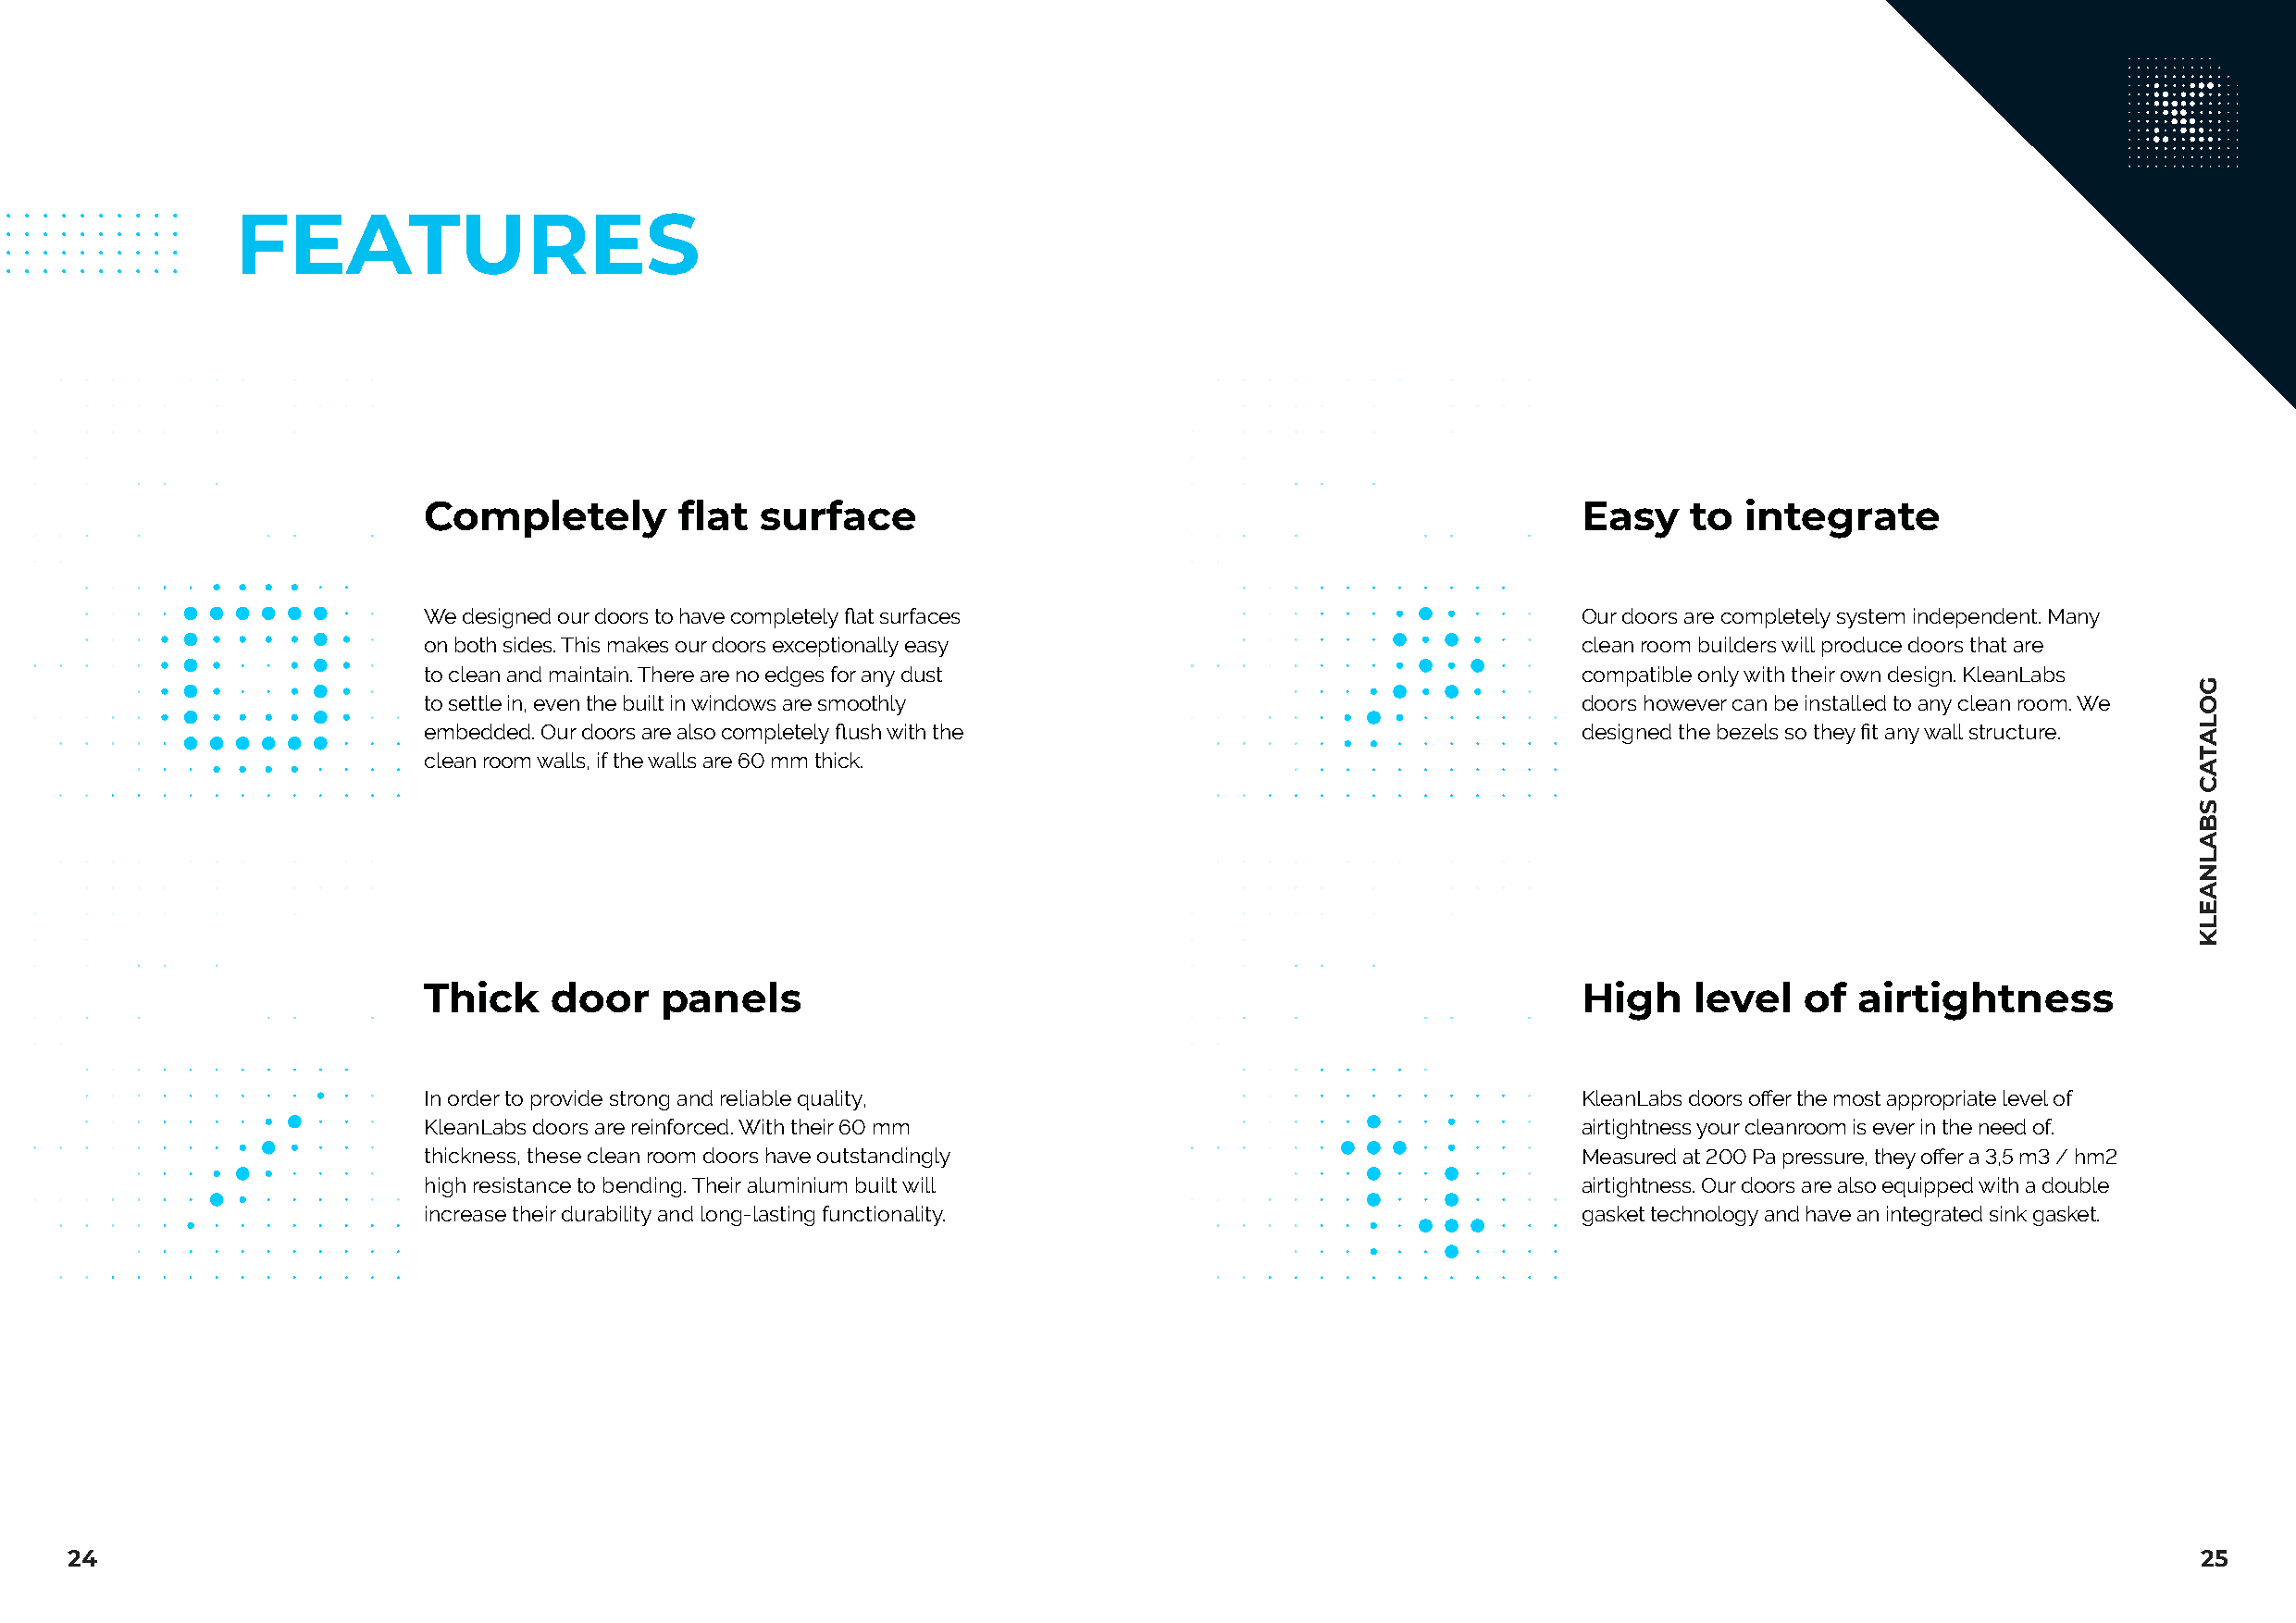
FEATURES
 Completely        flat  surface                                                    Easy    to  integrate
 We designed our doors to have completely flat surfaces                             Our doors are completely system independent. Many
 on both sides. This makes our doors exceptionally easy                             clean room builders will produce doors that are
 to clean and maintain. There are no edges for any dust                             compatible only with their own design. KleanLabs
 to settle in, even the built in windows are smoothly                               doors however can be installed to any clean room. We
 embedded. Our doors are also completely flush with the                             designed the bezels so they fit any wall structure.
 clean room walls, if the walls are 60 mm thick.
 Thick    door    panels                                                            High    level   of  airtightness
 In order to provide strong and reliable quality,                                   KleanLabs doors offer the most appropriate level of
 KleanLabs doors are reinforced. With their 60 mm                                   airtightness your cleanroom is ever in the need of.
 thickness, these clean room doors have outstandingly                               Measured at 200 Pa pressure, they offer a 3,5 m3 / hm2
 high resistance to bending. Their aluminium built will                             airtightness. Our doors are also equipped with a double
 increase their durability and long-lasting functionality.                          gasket technology and have an integrated sink gasket.
 24                                                                                                                                                      25
 GOLATAC
 SBALNAELK